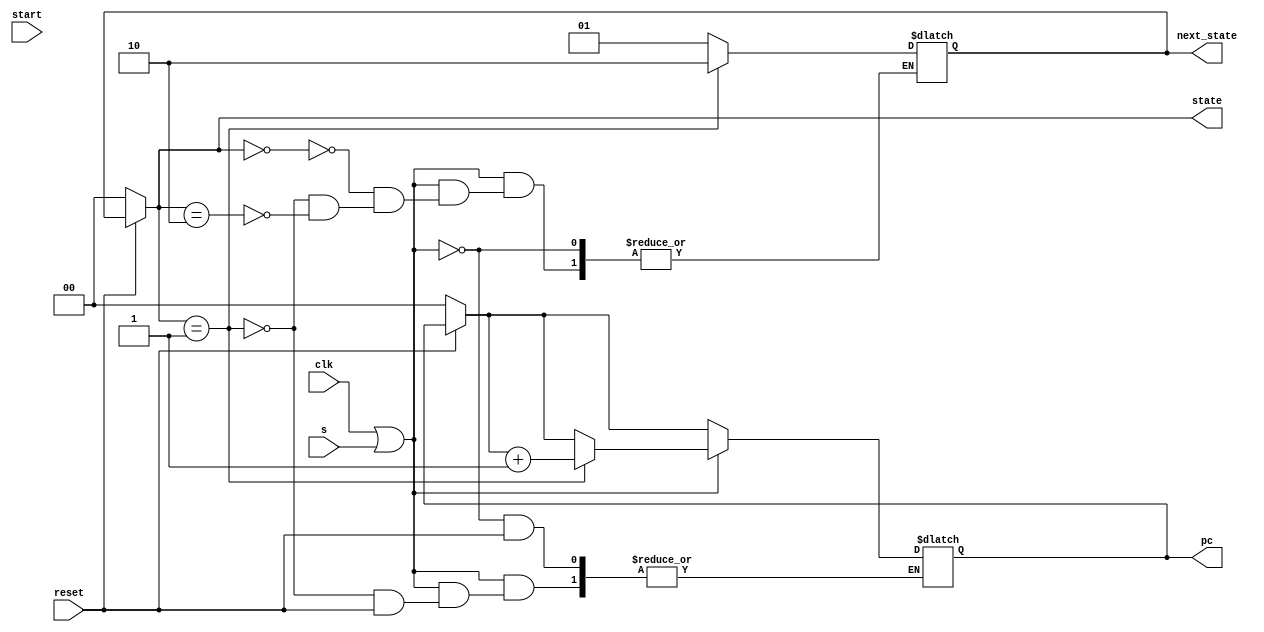
`timescale 1ns / 1ps


module control_unit(
input clk,

input reset,
input start,input s,
output reg [1:0]pc,
    
    output reg [1:0]state,
    output reg [1:0]next_state);
   
    
    
    //start= 00
    //get_decode_calc=01
    //next=10
    
    always@(*)
    
    begin 
       
     state=next_state;
     if(reset==0)        
        begin state=2'b00;//start
            pc=2'b00;    
        end
    
        if (clk==1||s==1)
            begin    
                case(state)
                   2'b00:
                        begin
 
    next_state=2'b01;//execute
    end
    
    2'b01:
    begin
    pc=pc+1;
    next_state=2'b10;//next
    end
    
    2'b10:
    begin
    next_state<=2'b01;
    end
    endcase   
     
 
     
     end
    end
    
endmodule